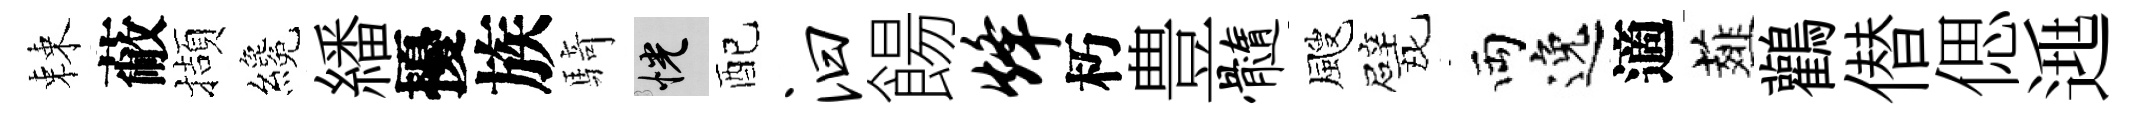
棘蔽擷纔繙擾族騎恍配汩餳烽朽豊髓颼戏両逸適薤鸛僣偲𨓱